Lunatic asylums United Provinces 1899-1908 - 1899-1908
Year: 1899
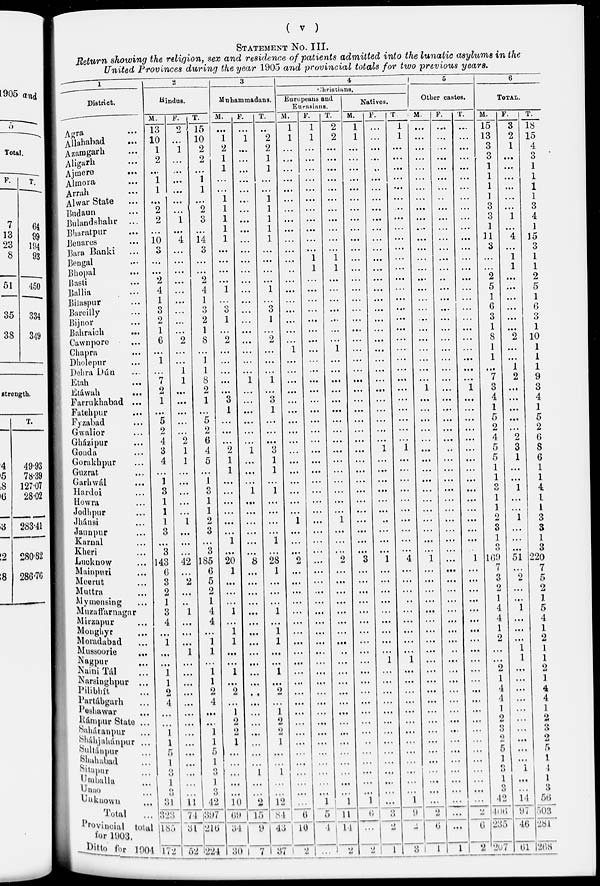
( v )
STATEMENT NO. III.
Return showing the religion, sex and residence of patients admitted into the lunatic asylums in the
United Provinces during the year 1905 and provincial totals for two previous years.
1
District.
Agra
...
Allahabad
...
Azamgarh ...
Aligarh ...
Ajmere
...
Almora ...
Arrah ...
Alwar State ...
Budaun ...
Bulandshahr
...
Bharatpur ...
Benares ...
Bara Banki ...
Bengal ...
Bhopal ...
Basti ...
Ballia ...
Bilaspur ...
Bareilly ...
Bijnor ...
Bahraich ...
Cawnpore ...
Chapra ...
Dholepur ...
Dehra Dún ...
Etah ...
Etáwah ...
Farrukhabad ...
Fatehpur ...
Fyzabad ...
Gwalior ...
Gházipur ...
Gonda ...
Gorakhpur ...
Guzrat ...
Garhwál ...
Hardoi ...
Howra ...
Jodhpur ...
Jhánsi ...
Jaunpur ...
Karnal ...
Kheri ...
Lucknow ...
Mainpuri ...
Meerut ...
Muttra ...
Mymensing ...
Muzaffarnagar
Mirzapur ...
Monghyr ...
Moradabad ...
Mussoorie ...
Nagpur ...
Naini Tál ...
Narsinghpur ...
Pilibhít ...
Partábgarh ...
Peshawar ...
Rámpur State ...
Saharanpur
...
Sháhjahánpur ...
Sultánpur ...
Shahabad ...
Sitapur ...
Umballa ...
Unao ...
Unknown ...
Total ...
Provincial total
for 1903.
Ditto for 1904
2
Hindus.
M.
13
10
1
2
...
1
1
...
2
2
...
10
3
...
...
2
4
1
3
2
1
6
...
1
...
7
2
1
...
5
2
4
3
4
...
1
3
1
1
1
3
...
3
143
6
3
2
1
3
4
...
1
...
...
1
1
2
4
...
...
1
1
5
1
3
1
3
31
323
185
172
F.
2
...
1
...
...
...
...
...
...
1
...
4
...
...
...
...
...
...
...
...
...
2
...
...
1
1
...
...
...
...
...
2
1
1
...
...
...
...
...
1
...
...
...
42
...
2
...
...
1
...
...
...
1
...
...
...
...
...
...
...
...
...
...
...
...
...
...
11
74
31
52
T.
15
10
2
2
...
1
1
...
2
3
...
14
3
...
...
2
4
1
3
2
1
8
...
1
1
8
2
1
...
5
2
6
4
5
...
1
3
1
1
2
3
...
3
185
6
5
2
1
4
4
...
1
1
...
1
1
2
4
...
...
1
1
5
1
3
1
3
42
397
216
224
3
Muhammadans.
M.
...
1
2
1
1
...
...
1
1
1
1
1
...
...
...
...
1
...
3
1
...
2
...
...
...
...
...
3
1
...
...
...
2
1
1
...
...
...
...
...
...
1
...
20
1
...
...
...
1
...
1
1
...
...
1
...
2
...
1
2
2
1
...
...
...
...
...
10
69
34
30
F.
...
1
...
...
...
...
...
...
...
...
...
...
...
...
...
...
...
...
...
...
...
...
...
...
...
1
...
...
...
...
...
...
l
...
...
...
1
...
...
...
...
...
...
8
...
...
...
...
...
...
...
...
...
...
...
...
...
...
...
...
...
...
...
...
1
...
...
2
15
9
7
T.
...
2
2
1
1
...
...
1
1
1
1
1
...
...
...
...
1
...
3
1
...
2
...
...
...
1
...
3
1
...
...
...
3
1
1
...
1
...
...
...
...
1
...
28
1
...
...
...
1
...
1
1
...
...
1
...
2
...
1
2
2
1
...
...
1
...
...
12
84
43
37
4
Christians.
Europeans and
Eurasians.
M.
1
1
...
...
...
...
...
...
...
...
...
...
...
...
..
...
...
...
...
...
...
...
1
...
...
...
...
...
...
...
...
...
...
...
...
...
...
...
...
1
...
...
...
2
...
...
...
...
...
...
...
...
...
...
...
...
...
...
...
...
...
...
...
...
...
...
...
...
6
10
2
F.
1
1
...
...
...
...
...
...
...
...
...
...
...
1
1
...
...
...
...
...
...
...
...
...
...
...
...
...
...
...
...
...
...
...
...
...
...
...
...
...
...
...
...
...
...
...
...
...
...
...
...
...
...
...
...
...
...
...
...
...
...
...
...
...
...
...
...
1
5
4
...
T.
2
2
...
...
...
...
...
...
...
...
...
...
...
1
1
...
...
...
...
...
...
...
1
...
...
...
...
...
...
...
...
...
...
...
...
...
...
...
...
1
...
...
...
2
...
...
...
...
...
...
...
...
...
...
...
...
...
...
...
...
...
...
...
...
...
...
...
1
11
14
2
Natives.
M.
1
1
...
...
...
...
...
...
...
...
...
...
...
...
...
...
...
...
...
...
...
...
...
...
...
...
...
...
...
...
...
...
...
...
...
...
...
...
...
...
...
...
...
3
...
...
...
...
...
...
...
...
...
...
...
...
...
...
...
...
...
...
...
...
...
...
...
1
6
...
2
F.
...
...
...
...
...
...
...
...
...
...
...
...
...
...
...
...
...
...
...
...
...
...
...
...
...
...
...
...
...
...
...
...
1
...
...
...
...
...
...
...
...
...
...
1
...
...
...
...
...
...
...
...
...
1
...
...
...
...
...
...
...
...
...
...
...
...
...
...
3
2
1
T.
1
1
...
...
...
...
...
...
...
...
...
...
...
...
...
...
...
...
...
...
...
...
...
...
...
...
...
...
...
...
...
...
1
...
...
...
...
...
...
...
...
...
...
4
...
...
...
...
...
...
...
...
...
1
...
...
...
...
...
...
...
...
...
...
...
...
...
1
9
2
3
5
Other castes.
M.
...
...
...
...
...
...
...
...
...
...
...
...
...
...
...
...
...
...
...
...
...
...
...
...
...
...
1
...
...
...
...
...
...
...
...
...
...
...
...
...
...
...
...
1
...
...
...
...
...
...
...
...
...
...
...
...
...
...
...
...
...
...
...
...
...
...
...
...
...
6
1
F.
...
...
...
...
...
...
...
...
...
...
...
...
...
...
...
...
...
...
...
...
...
...
...
...
...
...
...
...
...
...
...
...
...
...
...
...
...
...
...
...
...
...
...
...
...
...
...
...
...
...
...
...
...
...
...
...
...
...
...
...
...
...
...
...
...
...
...
...
...
...
1
T.
...
...
...
...
...
...
...
...
...
...
...
...
...
...
...
...
...
...
...
...
...
...
...
...
...
...
1
...
...
...
...
...
...
...
...
...
...
...
...
...
...
...
...
1
...
...
...
...
...
...
...
...
...
...
...
...
...
...
...
...
...
...
...
...
...
...
...
...
...
6
2
6
TOTAL.
M.
15
13
3
3
1
1
1
1
3
3
1
11
3
...
...
2
5
1
6
3
1
8
1
1
...
7
3
4
1
5
2
4
5
5
1
1
3
1
1
2
3
1
3
169
7
3
2
1
4
4
1
2
...
...
2
1
4
4
1
2
3
2
5
1
3
1
3
42
406
235
207
F.
3
2
1
...
...
...
...
...
...
1
...
4
...
1
1
...
...
...
...
...
...
2
...
...
1
2
...
...
...
...
...
2
3
1
...
...
1
...
...
1
...
...
...
51
...
2
...
...
1
...
...
...
1
1
...
...
...
...
...
...
...
...
...
...
1
...
...
14
97
46
61
T.
18
15
4
3
1
1
1
1
3
4
1
15
3
1
1
2
5
1
6
3
1
10
1
1
1
9
3
4
1
5
2
6
8
6
1
1
4
1
1
3
3
1
3
220
7
5
2
1
5
4
1
2
1
1
2
1
4
4
1
2
3
2
5
1
4
1
3
56
503
281
268